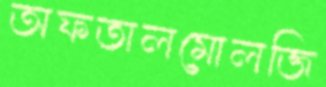
অফতালমোলজি